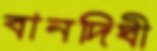
বানদিঘী